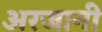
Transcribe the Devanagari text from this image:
अरजानी